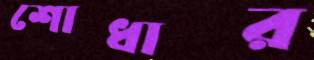
শোধার